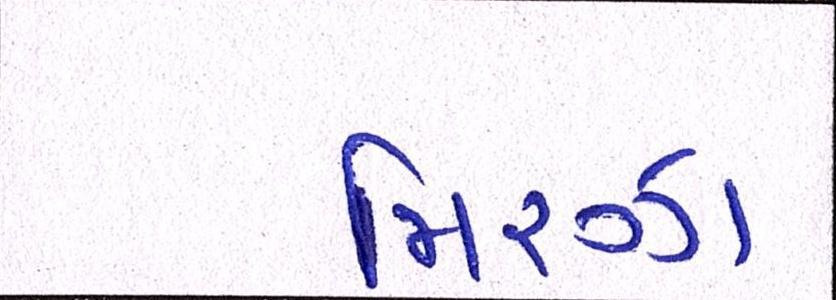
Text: મિરઝા